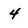
Character: 4